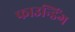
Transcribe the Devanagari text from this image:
फाउन्डिंग